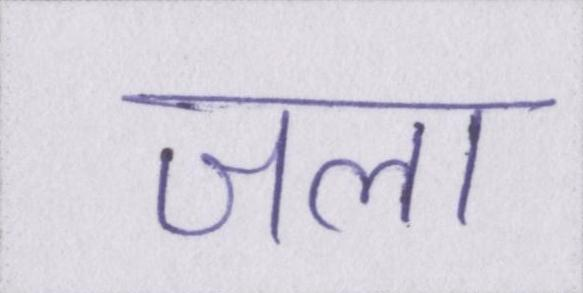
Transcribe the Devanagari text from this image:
जला